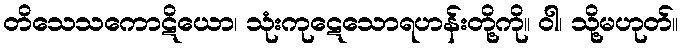
တိသေသကောဋိယော၊ သုံးကုဋေသောရဟန်းတို့ကို။ ဝါ၊ သို့မဟုတ်။